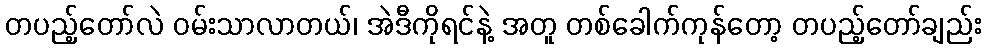
တပည့်တော်လဲ ဝမ်းသာလာတယ်၊ အဲဒီကိုရင်နဲ့ အတူ တစ်ခေါက်ကုန်တော့ တပည့်တော်ချည်း